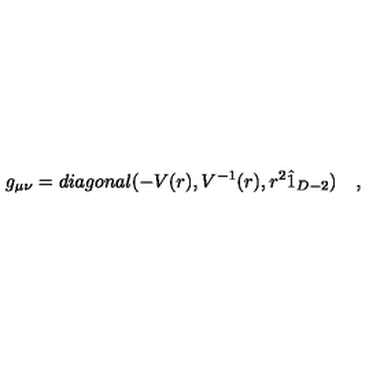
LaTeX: g _ { \mu \nu } = d i a g o n a l ( - V ( r ) , V ^ { - 1 } ( r ) , r ^ { 2 } \hat { 1 } _ { D - 2 } ) \quad ,